Treatise on elephants
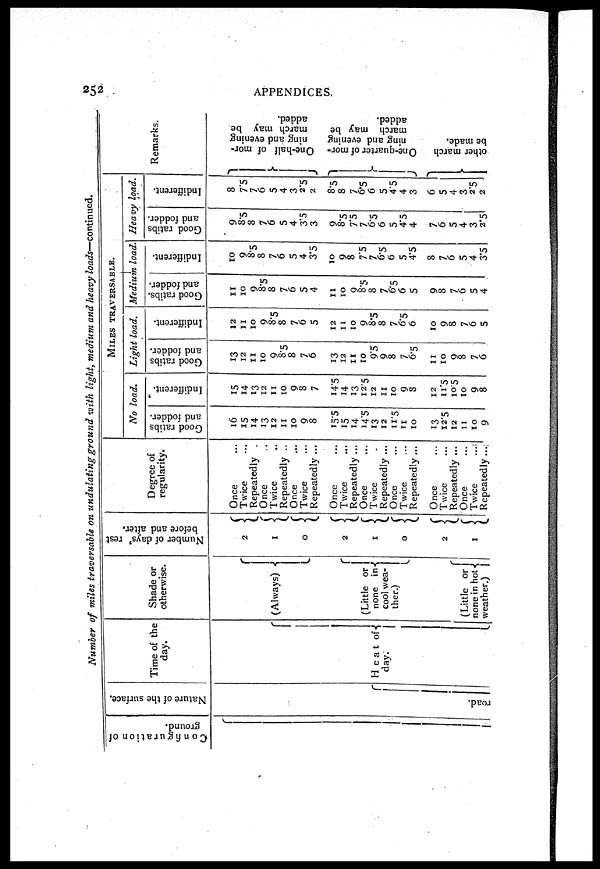
252
APPENDICES.
Number of miles traversable on undulating ground with light, medium and heavy loads—continued.
Configuration of
ground.
Nature of the surface.
road.
Time of the
day.
Heat of
day.
Shade or
otherwise.
(Always)
(Little or
none in {
cool wea-
ther.)
(Little or
none in hot
weather.)
Number of days' rest
before and after.
2
1
0
2
1
0
2
1
Degree of
regularity.
Once
Twice
Repeatedly
Once
Twice
Repeatedly ..
Once
Twice
Repeatedly ...
Once
Twice
Repeatedly ...
Once
Twice
Repeatedly ...
Once
Twice
Repeatedly ...
Once
Twice
Repeatedly ...
Once
Twice
...
Repeatedly ...
MILES
TRAVERSABLE.
No load.
Good ratibs
and fodder.
16
15
14
13
12
11
10
9
8
15.5
15
14
14.5
13
12
11.5
11
10
13
12.5
12
11
10
9
Indifferent.
15
14
13
12
11
10
9
8
7
14.5
13
12.5
12
11
10
9
8
12
11.5
10.5
10
9
8
Light load.
Good ratibs
and fodder.
13
12
11
10
9
8.5
8
7
6
13
12
11
10
95
9
8
7
6.5
11
10
9
8
7
6
Indifferent.
12
11
10
9
8.5
8
7
6
5
12
11
10
9
8.5
8
7
6.5
6
10
9
8
7
6
5
Medium load
Good ratibs.
and fodder.
11
10
9
8.5
8
7
6
5
4
11
10
9
8.5
8
7
6.5
6
5
9
8
7
6
5
4
Indifferent.
10
9
8.5
8
7
6
5
4
3.5
10
9
8
7.5
7
6.5
6
5
4.5
8
7
6
5
4
3.5
Heavy load.
Good ratibs
and fodder.
9
8.5
8
7
6
5
4
3.5
3
9
8.5
7.5
7
6.5
6
5
4.5
4
7
6
5
4
3
2.5
Indifferent.
8
7.5
7
6
5
4
3
2.5
2
8.5
8
7
6.5
6
5
4.5
4
3
6
5
4
3
2.5
2
Remarks.
One-half of mor-
ning and evening
march may be
added.
One- quar t
er of mor -
ning and evening
march may be
added.
other march
be made.